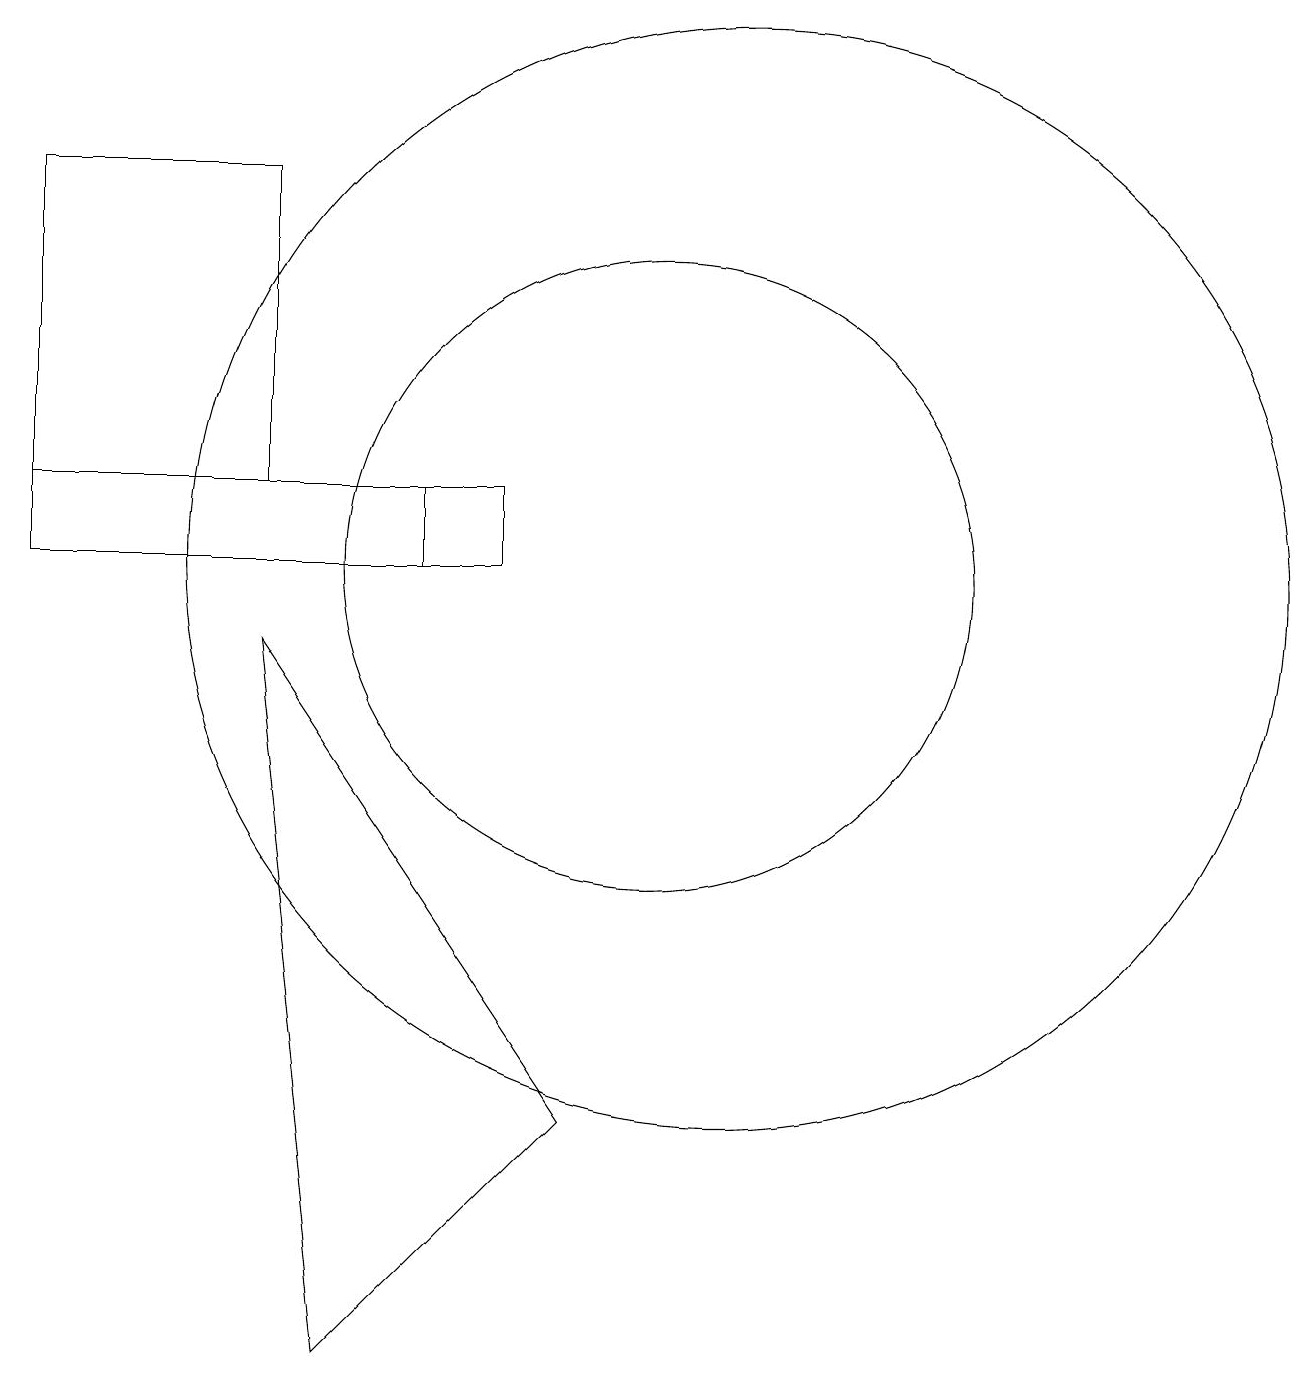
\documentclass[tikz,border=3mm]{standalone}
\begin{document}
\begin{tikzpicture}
\draw (10,10) circle (4);
\draw (11,10) circle (7);
\draw (7,10) rectangle (2,11);
\draw (2,15) rectangle (5,11);
\draw (6,0) -- (5,9) -- (9,3) -- cycle;
\draw (2,10) rectangle (8,11);
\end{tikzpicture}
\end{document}